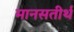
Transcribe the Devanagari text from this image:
मानसतीर्थ